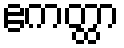
ဧကတ္ထာ